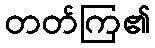
တတ်ကြ၏